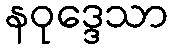
နဝုဒ္ဒေသာ